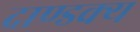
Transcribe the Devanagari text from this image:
दाण्डक्य